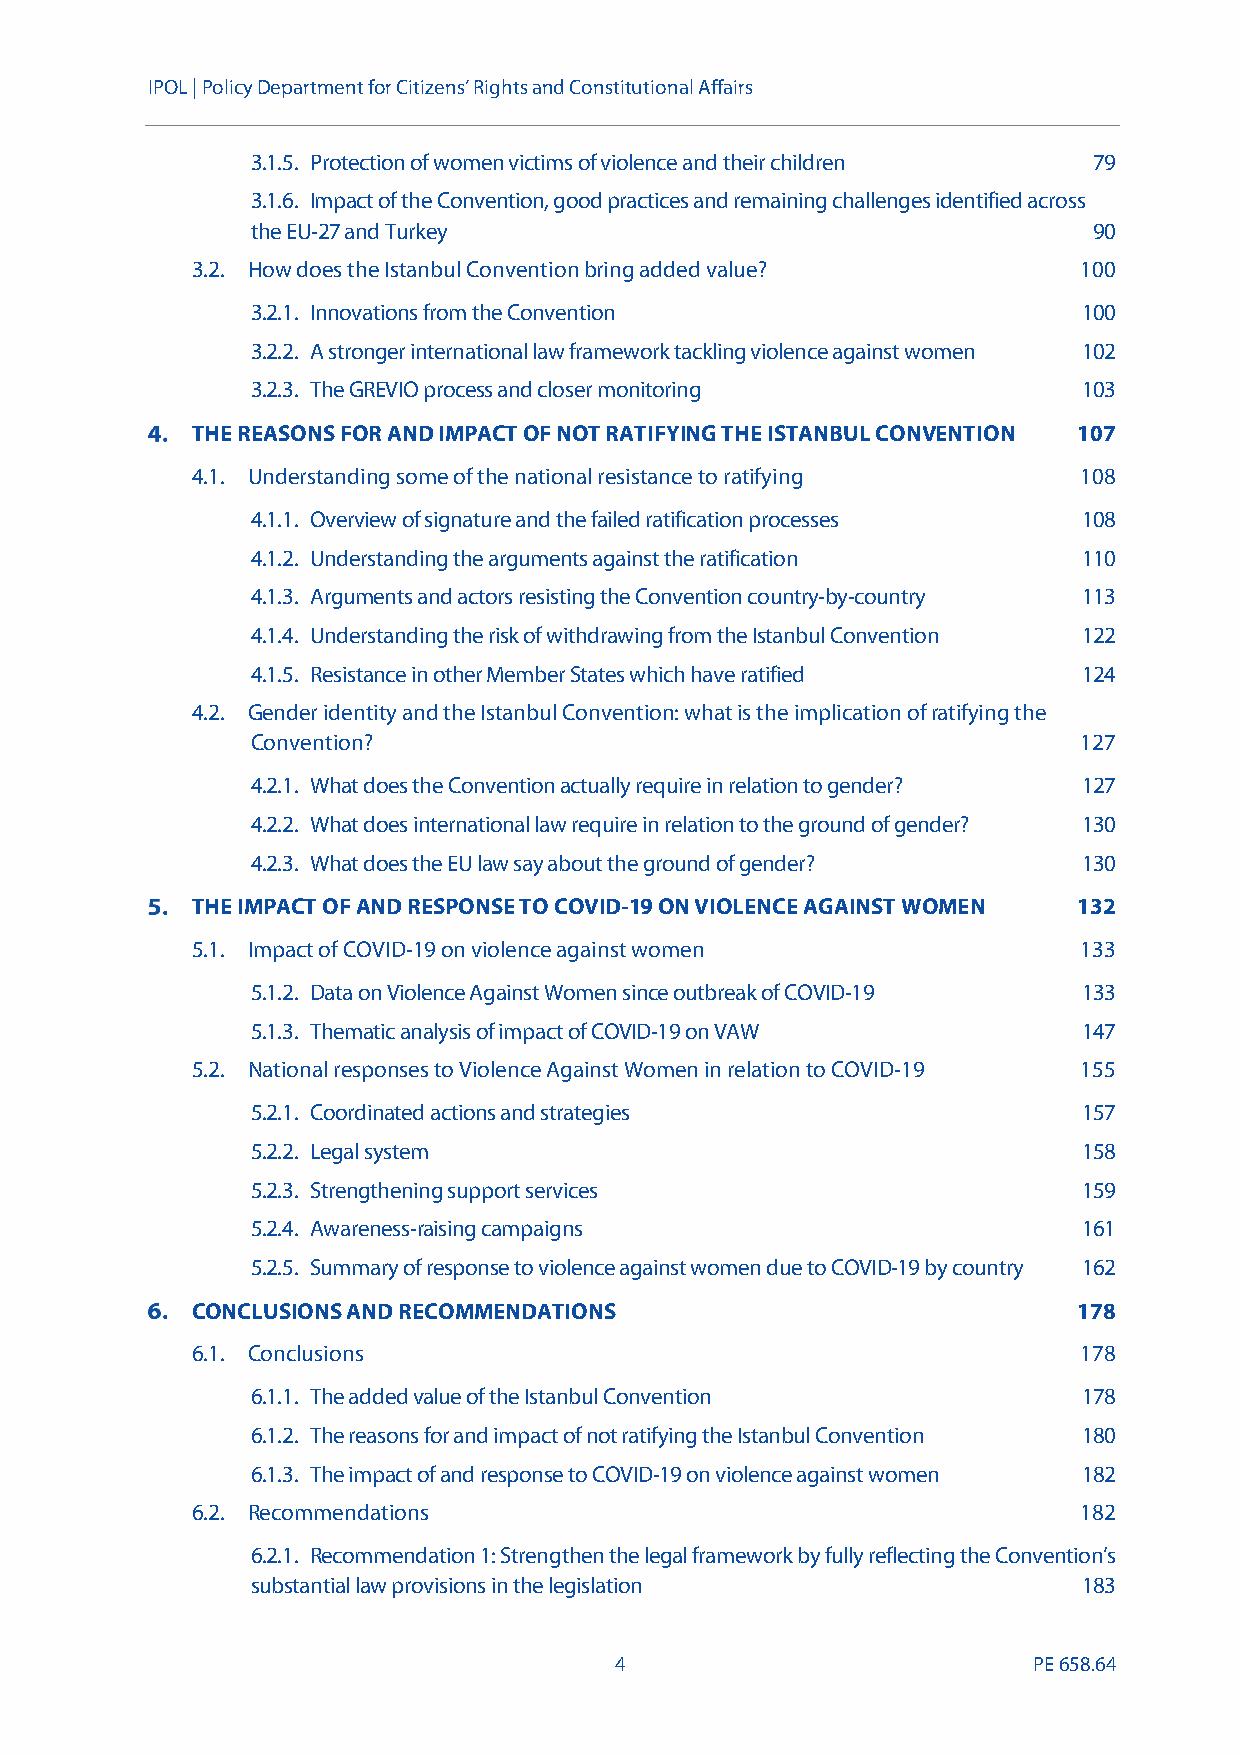
IPOL |Policy Department for Citizens’ Rights and Constitutional Affairs
 3.1.5. Protection of women victims of violence and their children 79
 3.1.6. Impact of theConvention, good practices and remaining challenges identified across
 the EU-27 and Turkey                                   90
 3.2. How does the Istanbul Conventionbring added value?   100
 3.2.1. Innovations from the Convention                 100
 3.2.2. A stronger international law framework tackling violence against women 102
 3.2.3. The GREVIO process and closer monitoring        103
 THE REASONS FOR ANDIMPACT OF NOT RATIFYING THE ISTANBUL CONVENTION 107
 4.1. Understanding some of the national resistance to ratifying 108
 4.1.1. Overview of signature and the failed ratification processes 108
 4.1.2. Understanding the arguments against the ratification 110
 4.1.3. Arguments and actors resisting the Convention country-by-country 113
 4.1.4. Understanding the risk of withdrawing from the Istanbul Convention 122
 4.1.5. Resistance in other Member States which have ratified 124
 4.2. Gender identity and the Istanbul Convention: what is the implication ofratifying the
 Convention?                                           127
 4.2.1. What does the Convention actually require in relation to gender? 127
 4.2.2. What does international law require in relation to the ground of gender? 130
 4.2.3. What does the EU law say about the ground of gender? 130
 THE IMPACT OFAND RESPONSE TO COVID-19 ON VIOLENCE AGAINST WOMEN 132
 5.1. Impact of COVID-19 on violence against women         133
 5.1.2. Data on Violence Against Women since outbreak of COVID-19 133
 5.1.3. Thematic analysis of impact of COVID-19 on VAW  147
 5.2. National responses to Violence Against Women in relation to COVID-19 155
 5.2.1. Coordinated actions and strategies              157
 5.2.2. Legal system                                    158
 5.2.3. Strengthening support services                  159
 5.2.4. Awareness-raising campaigns                     161
 5.2.5. Summary of response to violence against women due to COVID-19 by country 162
 CONCLUSIONS AND RECOMMENDATIONS                           178
 6.1. Conclusions                                          178
 6.1.1. The addedvalue of the Istanbul Convention       178
 6.1.2. The reasons for and impact of not ratifying the Istanbul Convention 180
 6.1.3. The impact of and response to COVID-19 on violence against women 182
 6.2. Recommendations                                      182
 6.2.1. Recommendation 1: Strengthen the legal framework by fully reflecting the Convention’s
 substantial law provisions in the legislation          183
 4                          PE658.64